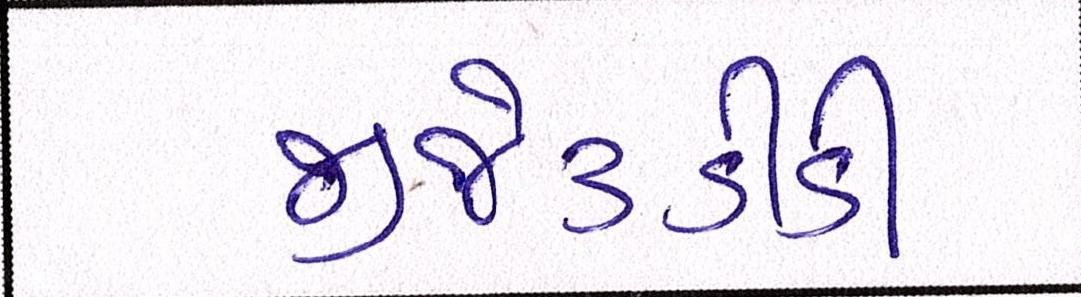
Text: જીજે૩ડીડી